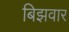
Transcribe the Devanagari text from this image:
बिझवार